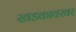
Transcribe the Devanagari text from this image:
खडकावरवर